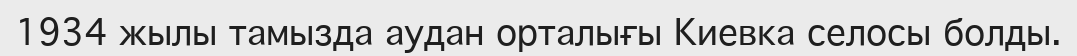
1934 жылы тамызда аудан орталығы Киевка селосы болды.